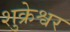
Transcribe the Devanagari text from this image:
शुक्रेश्वर